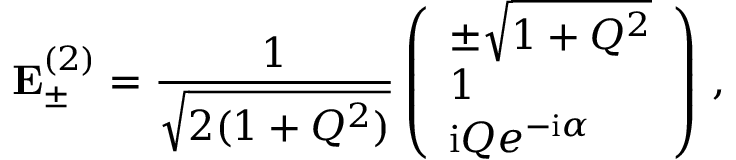
\mathbf { E } _ { \pm } ^ { ( 2 ) } = \frac { 1 } { \sqrt { 2 ( 1 + Q ^ { 2 } ) } } \left( \begin{array} { l } { \pm \sqrt { 1 + Q ^ { 2 } } } \\ { 1 } \\ { \mathrm { i } Q e ^ { \mathrm { - i } \alpha } } \end{array} \right) \, ,